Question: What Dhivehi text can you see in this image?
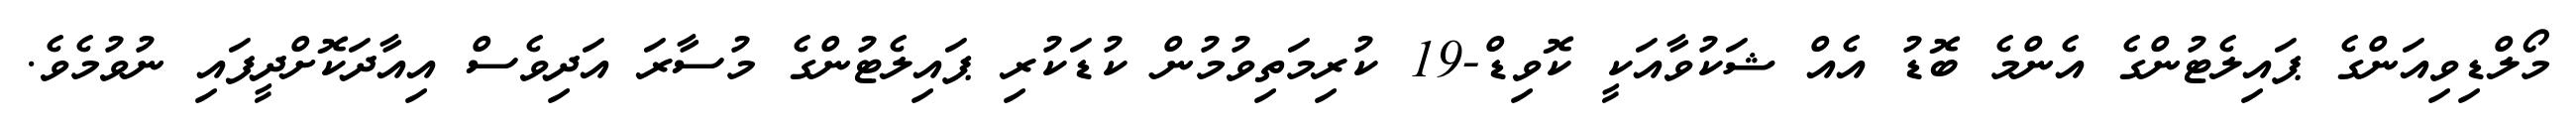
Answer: މޯލްޑިވިއަންގެ ޕައިލެޓުންގެ އެންމެ ބޮޑު އެއް ޝަކުވާއަކީ ކޮވިޑް-19 ކުރިމަތިވުމުން ކުޑަކުރި ޕައިލެޓުންގެ މުސާރަ އަދިވެސް އިއާދަކޮށްދީފައި ނުވުމެވެ.